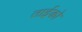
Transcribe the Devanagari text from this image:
ताईको